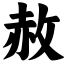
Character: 赦